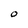
Character: 0